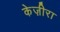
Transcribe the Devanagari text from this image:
केज़ीरा